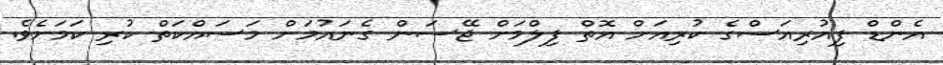
އެންޑް ފިއުރިއަސްގެ ކުރިއަށް އޮތް ފިލްމަށް ޖޭސަން ގެނައުމަށް މަސައްކަތް ކުރި ކަމަށެވެ.